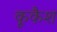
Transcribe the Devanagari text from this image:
कूकैश